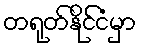
တရုတ်နိုင်ငံမှာ